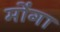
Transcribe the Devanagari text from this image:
मोंगा